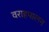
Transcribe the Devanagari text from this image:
वराहपालन